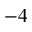
^ { - 4 }